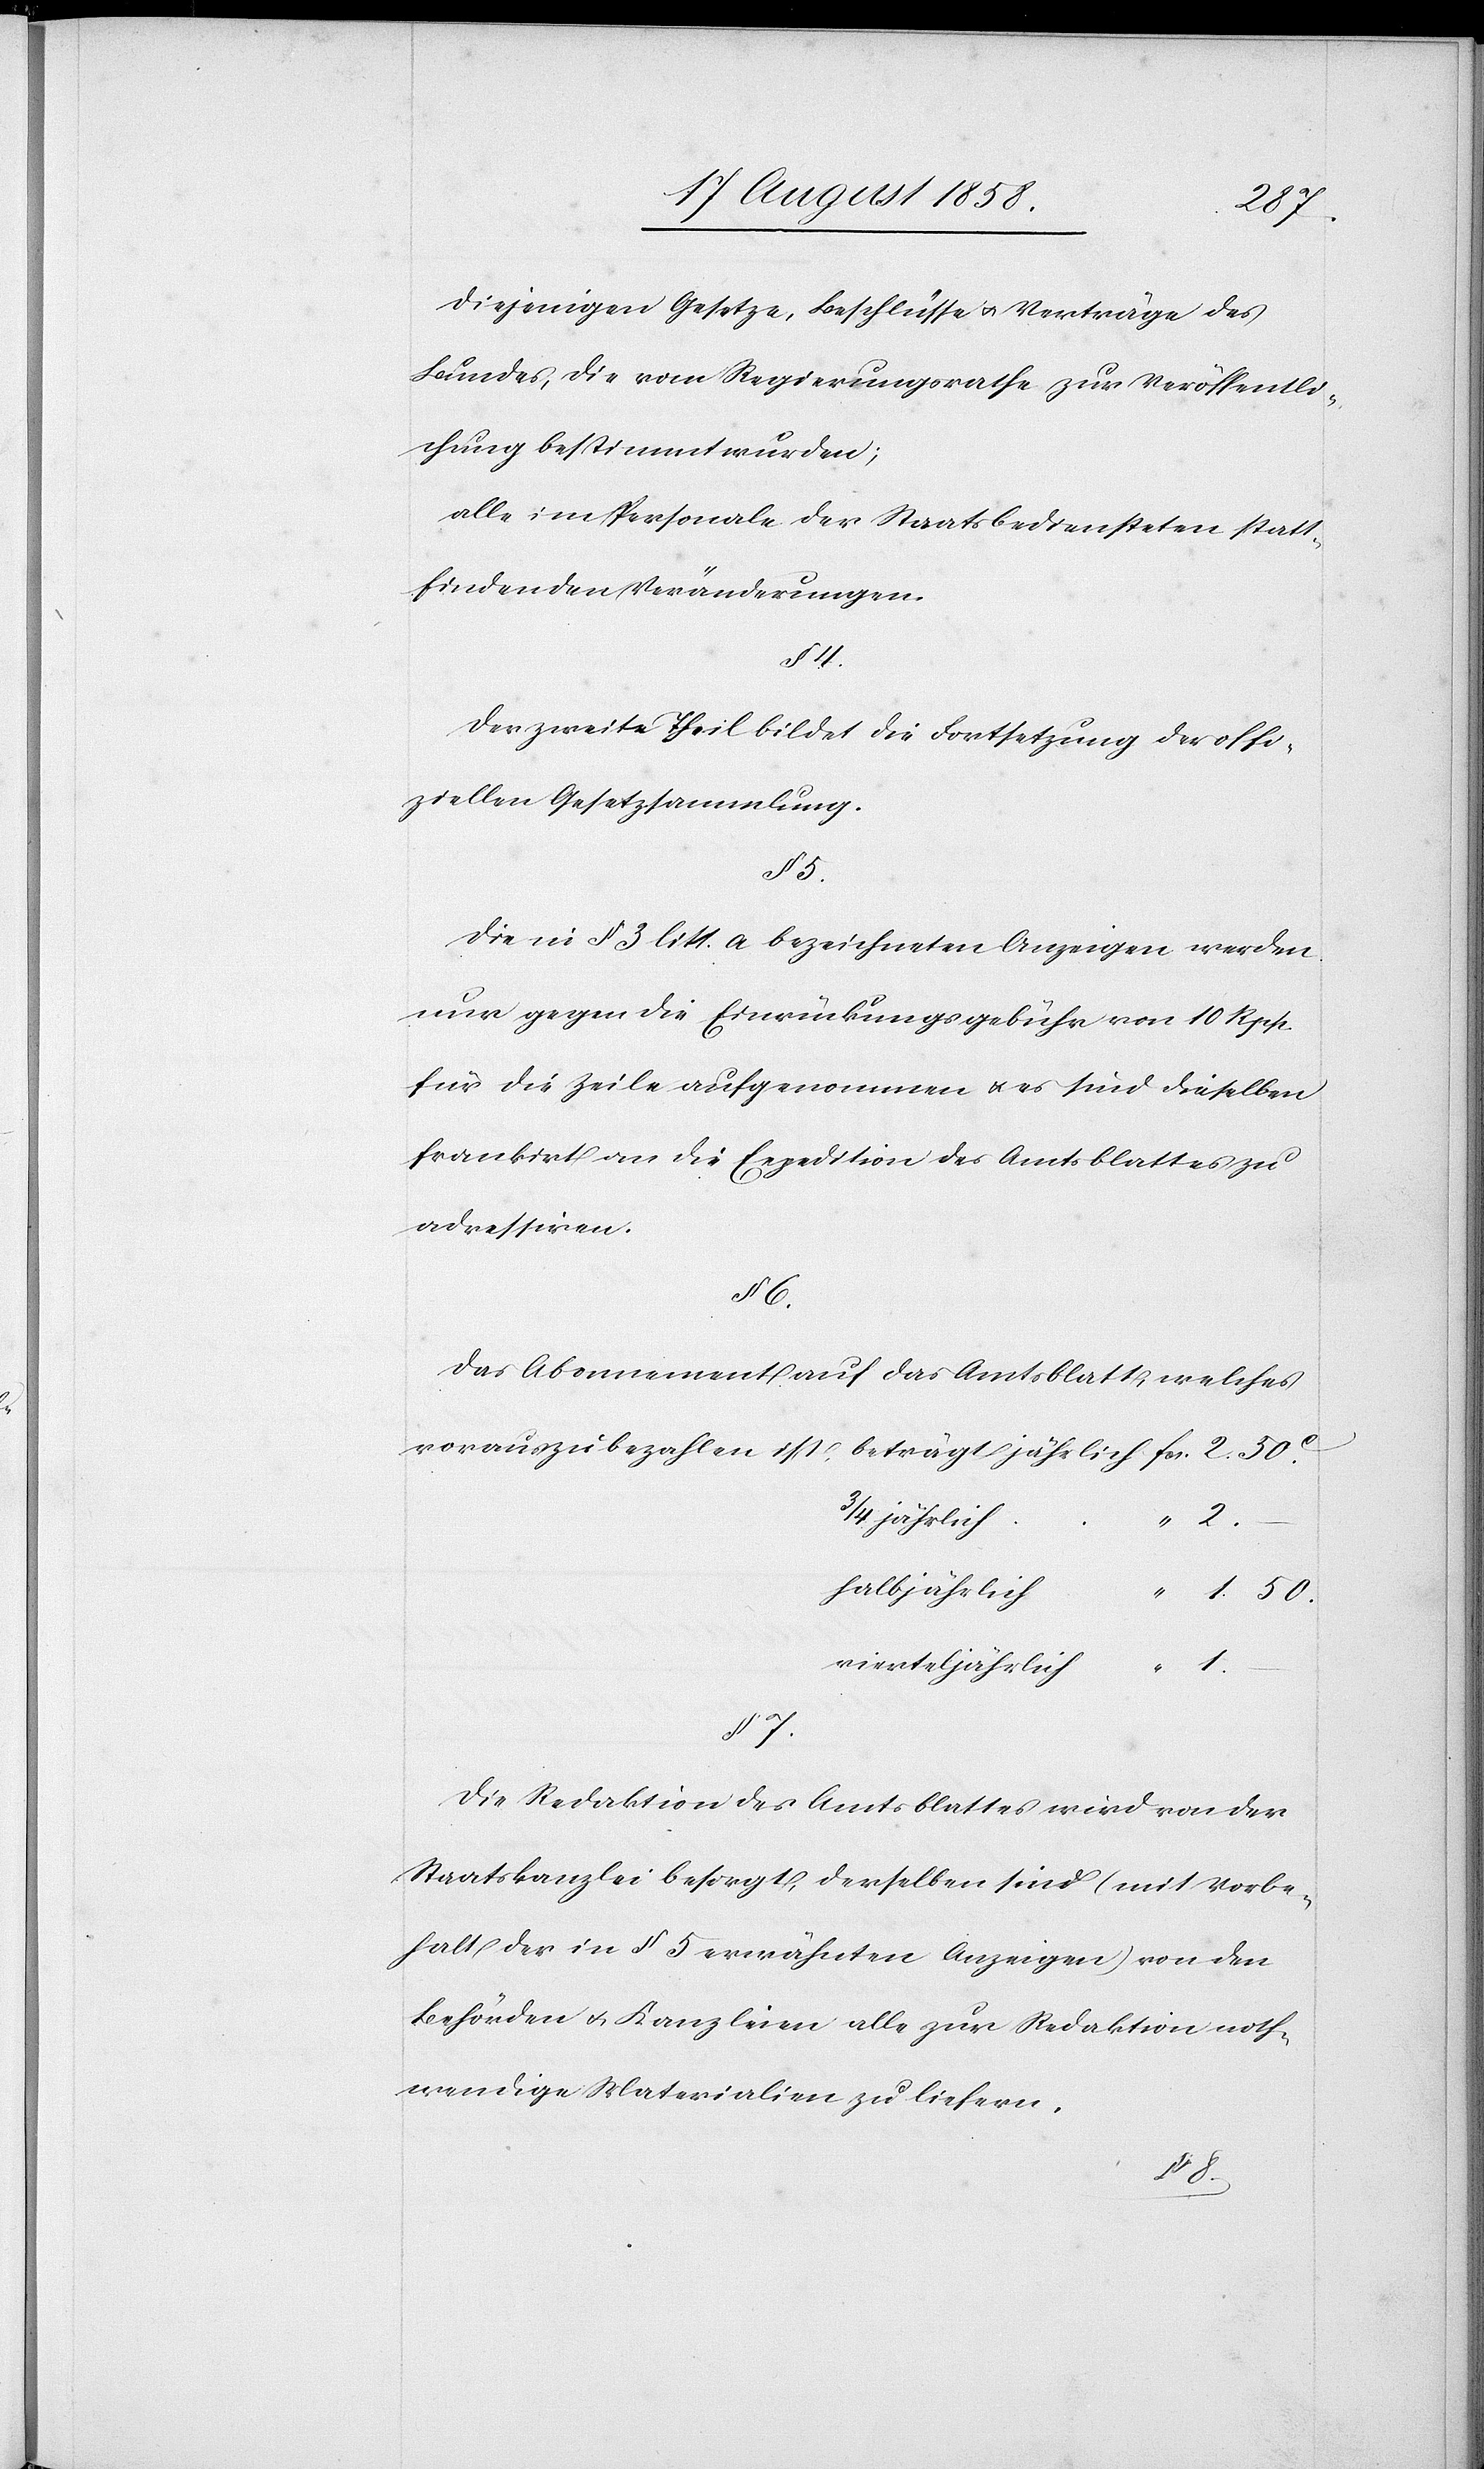
diejenigen Gesetze, Beschlüsse & Verträge des
Bundes, die vom Regierungsrathe zur Veröffentli¬
chung bestimmt wurden;
alle im Personale der Staatsbediensteten statt¬
findenden Veränderungen.
§ 4.
Der zweite Theil bildet die Fortsetzung der offi¬
ziellen Gesetzsammlung.
§ 5.
Die in § 3 litt. a bezeichneten Anzeigen werden
nur gegen die Einrückungsgebühr von 10 Rpp.
für die Zeile aufgenommen & es sind dieselben
frankirt an die Expedition des Amtsblattes zu
adressiren.
§ 6.
Das Abonnement auf das Amtsblatt, welches
vorauszubezahlen ist,
halbjährlich
“ 2.
vierteljährlich
§ 7.
Die Redaktion des Amtsblattes wird von der
Staatskanzlei besorgt, derselben sind (mit Vorbe¬
halt der in § 5 erwähnten Anzeigen) von den
Behörden & Kanzleien alle zur Redaktion noth¬
wendige[n] Materialien zu liefern.
“ 1.

–